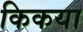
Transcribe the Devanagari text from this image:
किकया